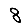
Digit: 8